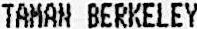
TAMAN BERKELEY